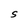
Character: S